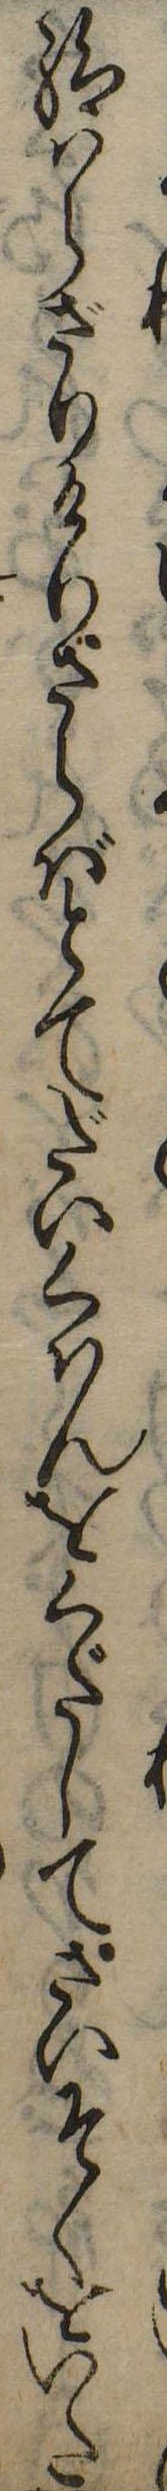
給はらざりけりさらばとてだいくはんをくだしてさいそくをいた